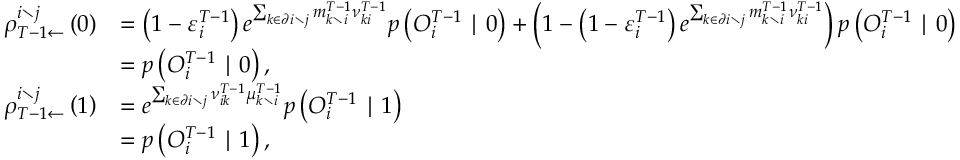
\begin{array} { r l } { \rho _ { T - 1 \leftarrow } ^ { i \setminus j } \left( 0 \right) } & { = \left( 1 - \varepsilon _ { i } ^ { T - 1 } \right) e ^ { \sum _ { k \in \partial i \setminus j } m _ { k \setminus i } ^ { T - 1 } { \nu } _ { k i } ^ { T - 1 } } p \left( O _ { i } ^ { T - 1 } \mid 0 \right) + \left( 1 - \left( 1 - \varepsilon _ { i } ^ { T - 1 } \right) e ^ { \sum _ { k \in \partial i \setminus j } m _ { k \setminus i } ^ { T - 1 } { \nu } _ { k i } ^ { T - 1 } } \right) p \left( O _ { i } ^ { T - 1 } \mid 0 \right) } \\ & { = p \left( O _ { i } ^ { T - 1 } \mid 0 \right) , } \\ { \rho _ { T - 1 \leftarrow } ^ { i \setminus j } \left( 1 \right) } & { = e ^ { \sum _ { k \in \partial i \setminus j } \nu _ { i k } ^ { T - 1 } \mu _ { k \setminus i } ^ { T - 1 } } p \left( O _ { i } ^ { T - 1 } \mid 1 \right) } \\ & { = p \left( O _ { i } ^ { T - 1 } \mid 1 \right) , } \end{array}